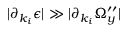
| \partial _ { k _ { i } } \epsilon | \gg | \partial _ { k _ { i } } \Omega _ { y } ^ { \prime \prime } |